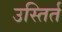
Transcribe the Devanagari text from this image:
उस्तिर्त